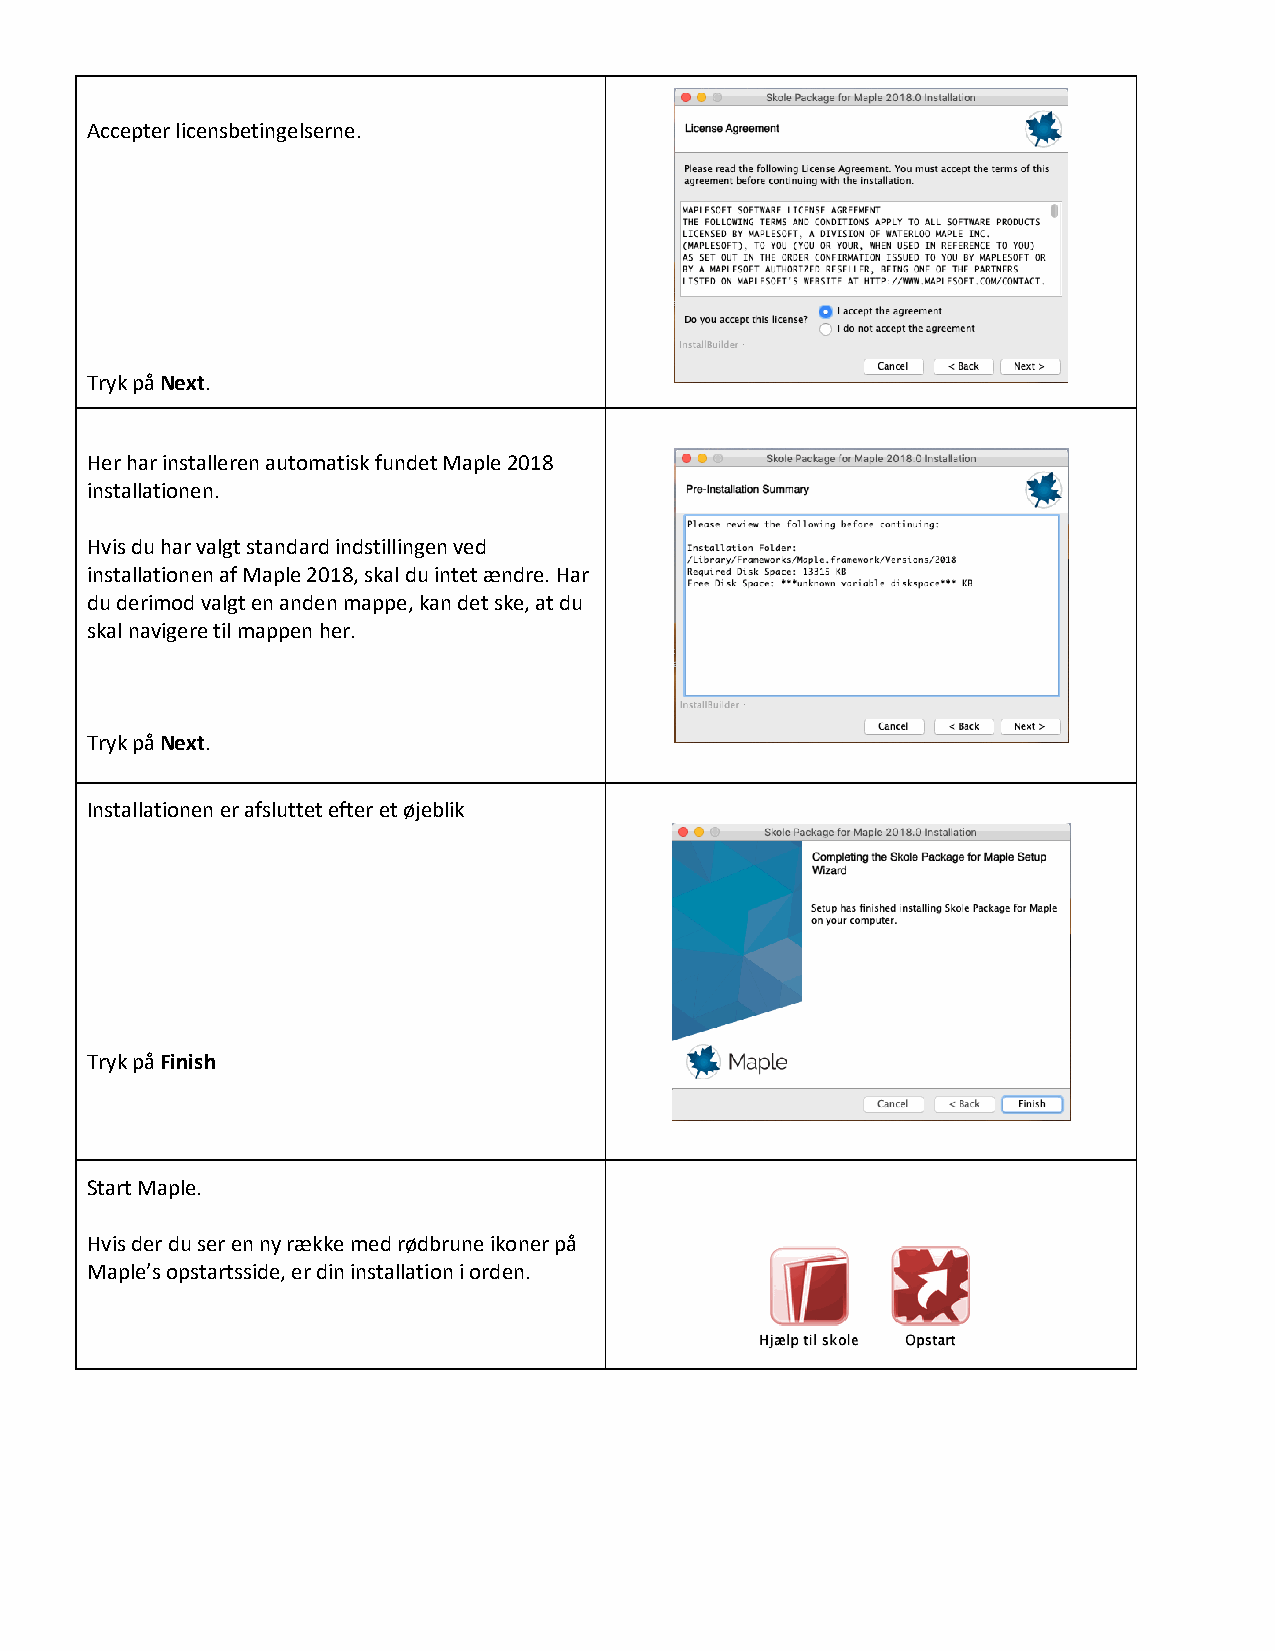
Accepter licensbetingelserne.
 Tryk på Next.
 Her har installeren automatisk fundet Maple 2018
 installationen.
 Hvis du har valgt standard indstillingen ved
 installationen af Maple 2018, skal du intet ændre. Har
 du derimod valgt en anden mappe, kan det ske, at du
 skal navigere til mappen her.
 Tryk på Next.
 Installationen er afsluttet efter et øjeblik
 Tryk på Finish
 Start Maple.
 Hvis der du ser en ny række med rødbrune ikoner på
 Maple’s opstartsside, er din installation i orden.